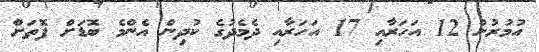
އުމުރުން 12 އަހަރާއި 17 އަހަރާއި ދެމެދުގެ ކުދިން އެންމެ ބޮޑަށް ފޮތަށް